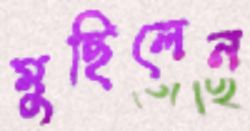
মুছিলেন